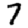
Digit: 7